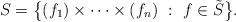
LaTeX: \begin{align*}S = \big\{(f_1)\times\cdots \times (f_n) \ : \ f\in \tilde S\big\}.\end{align*}